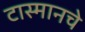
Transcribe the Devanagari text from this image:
टास्मानचे